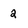
Character: 2